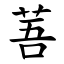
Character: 䓊